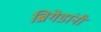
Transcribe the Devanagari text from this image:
ब्रिगेडांनी